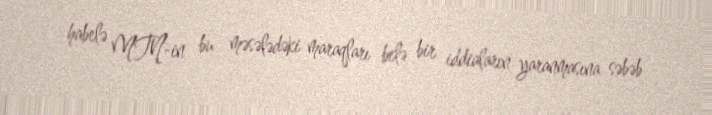
habelə MTN-in bu məsələdəki maraqları belə bir iddiaların yaranmasına səbəb